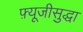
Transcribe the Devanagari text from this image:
फ़्यूजीसुद्धा